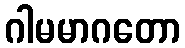
ဂါမမာဂတော